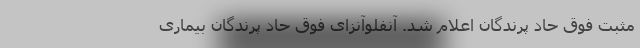
مثبت فوق حاد پرندگان اعلام شد. آنفلوآنزای فوق حاد پرندگان بیماری